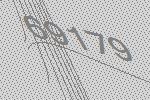
69179